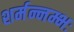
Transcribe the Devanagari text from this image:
शर्मन्नम्भः